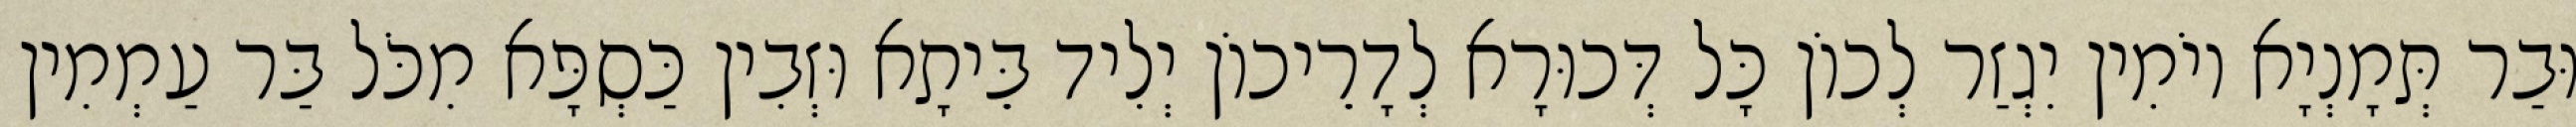
וּבַר תְּמָנְיָא יוֹמִין יִגְזַר לְכוֹן כָּל דְּכוּרָא לְדָרֵיכוֹן יְלִיד בֵּיתָא וּזְבִין כַּסְפָּא מִכֹּל בַּר עַמְמִין